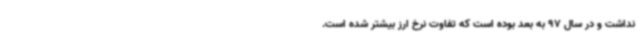
نداشت و در سال 97 به بعد بوده است که تفاوت نرخ ارز بیشتر شده است.